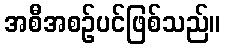
အစီအစဉ်ပင်ဖြစ်သည်။